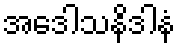
အဒေါသနိဒါနံ